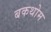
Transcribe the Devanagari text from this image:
बकथोम